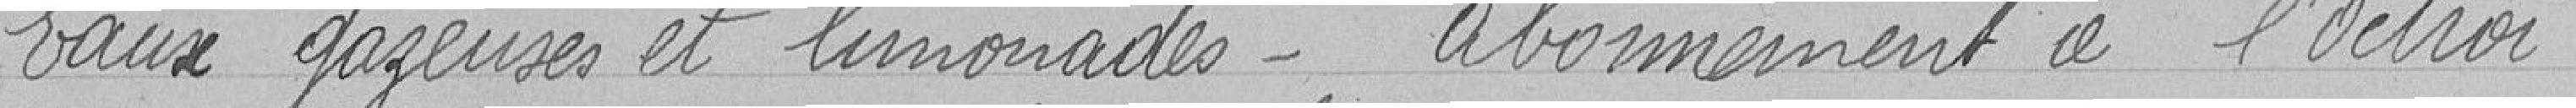
Eaux gazeuses et limonades - abonnement à l'octroi.